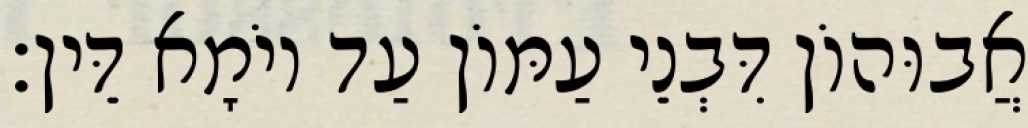
אֲבוּהוֹן דִּבְנֵי עַמּוֹן עַד יוֹמָא דֵּין׃